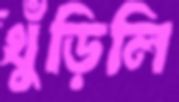
খুঁড়িলি